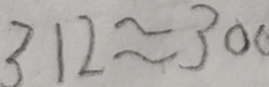
3 1 2 \approx 3 0 0